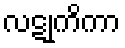
လဋုကိကာ